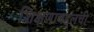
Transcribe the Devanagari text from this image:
शिक्षणाबद्दलची